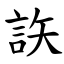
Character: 䛈